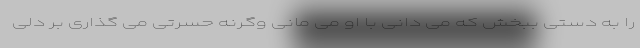
را به دستی ببخش که می دانی با او می مانی وگرنه حسرتی می گذاری بر دلی